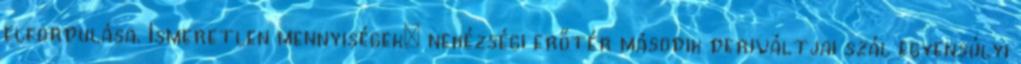
elfordulása. Ismeretlen mennyiségek: nehézségi erőtér második deriváltjai szál egyensúlyi